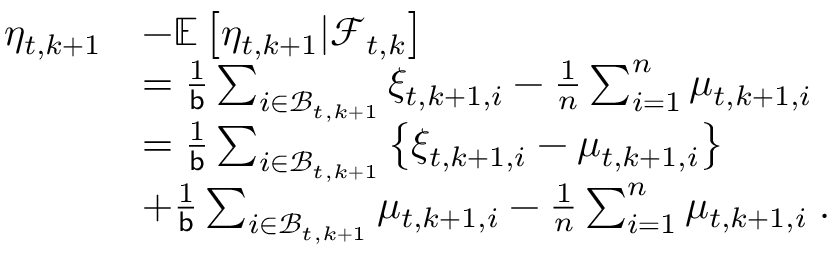
\begin{array} { r l } { \eta _ { t , k + 1 } } & { - \mathbb { E } \left[ \eta _ { t , k + 1 } \vert \mathcal { F } _ { t , k } \right] } \\ & { = \frac { 1 } { \mathsf { b } } \sum _ { i \in \mathcal { B } _ { t , k + 1 } } \xi _ { t , k + 1 , i } - \frac { 1 } { n } \sum _ { i = 1 } ^ { n } \mu _ { t , k + 1 , i } } \\ & { = \frac { 1 } { \mathsf { b } } \sum _ { i \in \mathcal { B } _ { t , k + 1 } } \left\{ \xi _ { t , k + 1 , i } - \mu _ { t , k + 1 , i } \right\} } \\ & { + \frac { 1 } { \mathsf { b } } \sum _ { i \in \mathcal { B } _ { t , k + 1 } } \mu _ { t , k + 1 , i } - \frac { 1 } { n } \sum _ { i = 1 } ^ { n } \mu _ { t , k + 1 , i } \; . } \end{array}